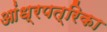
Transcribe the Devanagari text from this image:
आंध्रपत्रिका